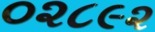
૦૨૮૯૨